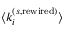
\langle k _ { i } ^ { ( s , \mathrm { r e w i r e d } ) } \rangle